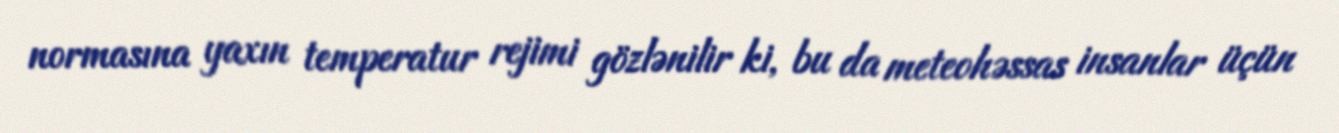
normasına yaxın temperatur rejimi gözlənilir ki, bu da meteohəssas insanlar üçün